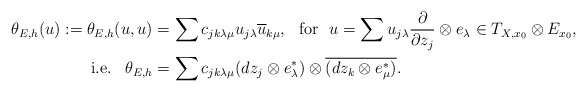
\begin{align*} \theta_{E,h}(u):=\theta_{E,h}(u,u)&=\sum c_{jk\lambda\mu}u_{j\lambda}\overline{u}_{k\mu},~\,\,\mathrm{for}\,\,~ u=\sum u_{j\lambda}\frac{\partial}{\partial z_j}\otimes e_\lambda\in T_{X,x_0}\otimes E_{x_0},\\ \mathrm{i.e.}~\,\,\, \theta_{E,h}&=\sum c_{jk\lambda\mu}(dz_j\otimes e^*_\lambda)\otimes\overline{(dz_k\otimes e^*_\mu)}.\end{align*}